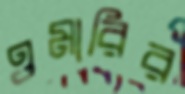
ওমারির